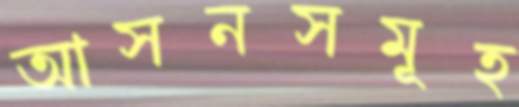
আসনসমূহ